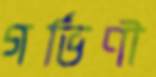
গর্ভিণী